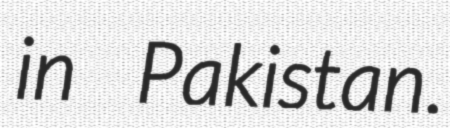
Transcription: in Pakistan.